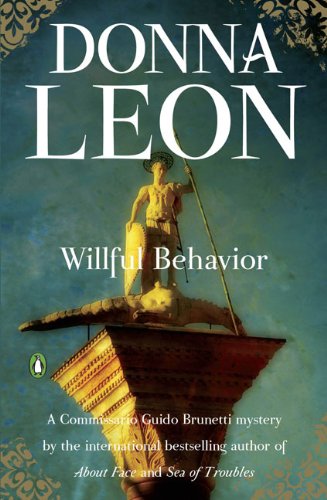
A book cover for Willful Behavior (Commissario Guido Brunetti Mystery); Donna Leon; Mystery, Thriller & Suspense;